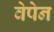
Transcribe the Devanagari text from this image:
वेपेन